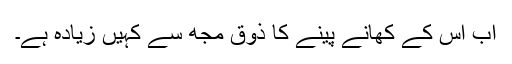
اب اس کے کھانے پینے کا ذوق مجھ سے کہیں زیادہ ہے۔